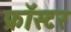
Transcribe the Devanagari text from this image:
फ्रॉस्टर